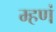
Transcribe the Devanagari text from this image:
म्हणं